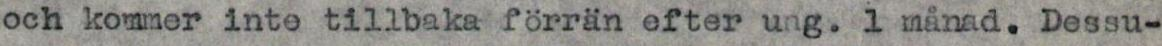
och kommer inte tillbaka förrän efter ung. 1 månad. Dessu-